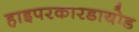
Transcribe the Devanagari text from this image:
हाइपरकारडायोड